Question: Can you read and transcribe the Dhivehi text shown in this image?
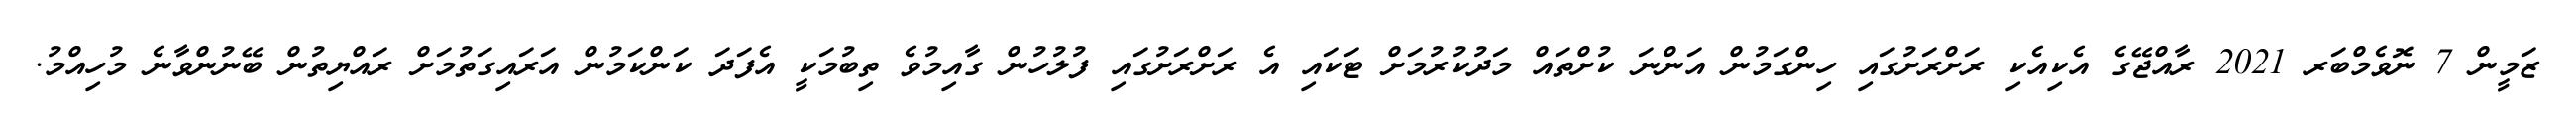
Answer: ޒަމީން 7 ނޮވެމްބަރ 2021 ރާއްޖޭގެ އެކިއެކި ރަށްރަށުގައި ހިންގަމުން އަންނަ ކުށްތައް މަދުކުރުމަށް ޓަކައި އެ ރަށްރަށުގައި ފުލުހުން ގާއިމުވެ ތިބުމަކީ އެފަދަ ކަންކަމުން އަރައިގަތުމަށް ރައްޔިތުން ބޭނުންވާނެ މުހިއްމު.